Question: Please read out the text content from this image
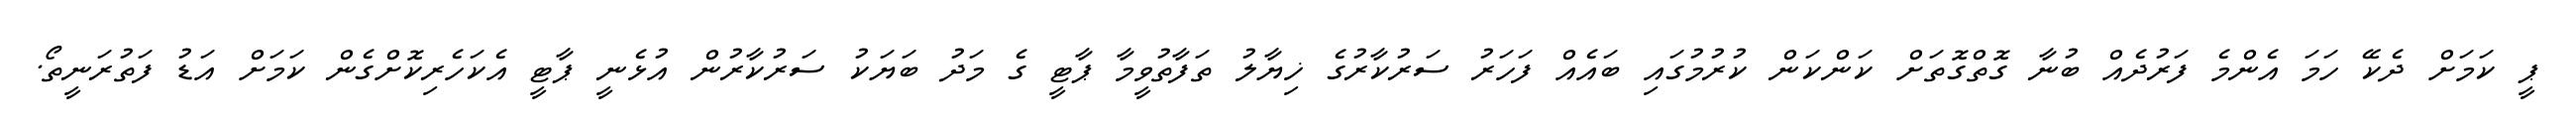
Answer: ޕީ ކަމަށް ދެކޭ ހަމަ އެންމެ ފަރުދެއް ބުނާ ގޮތްގޮތަށް ކަންކަން ކުރުމުގައި ބައެއް ފަހަރު ސަރުކާރުގެ ޚިޔާލު ތަފާތުވީމާ ޕާޓީ ގެ މަދު ބަޔަކު ސަރުކާރުން އުޅެނީ ޕާޓީ އެކަހެރިކޮށްގެން ކަމަށް އަޑު ފަތުރަނީތޯ.